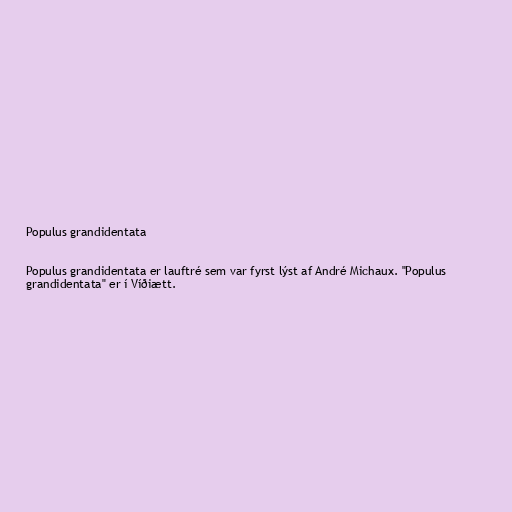
Populus grandidentata

Populus grandidentata er lauftré sem var fyrst lýst af André Michaux. "Populus
grandidentata" er í Víðiætt.